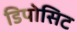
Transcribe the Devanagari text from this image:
डिपोसिट